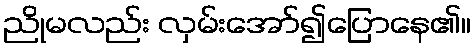
ညိုမလည်း လှမ်းအော်၍ပြောနေ၏။